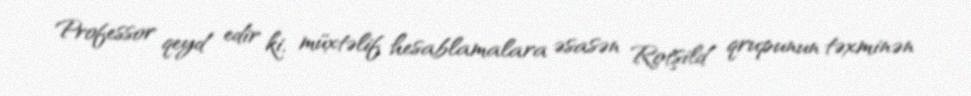
Professor qeyd edir ki, müxtəlif hesablamalara əsasən Rotşild qrupunun təxminən